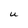
Character: U